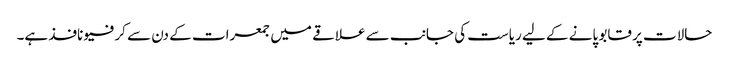
حالات پر قابو پانے کے لیے ریاست کی جانب سے علاقے میں جمعرات کے دن سے کرفیو نافذ ہے۔